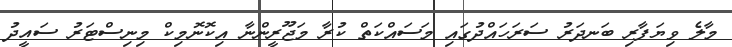
މާލެ ވިޔަފާރި ބަނދަރު ސަރަހައްދުގައި މަސައްކަތް ކުރާ މަޖޫރީންނާ އިކޮނޮމިކް މިނިސްޓަރު ސައީދު